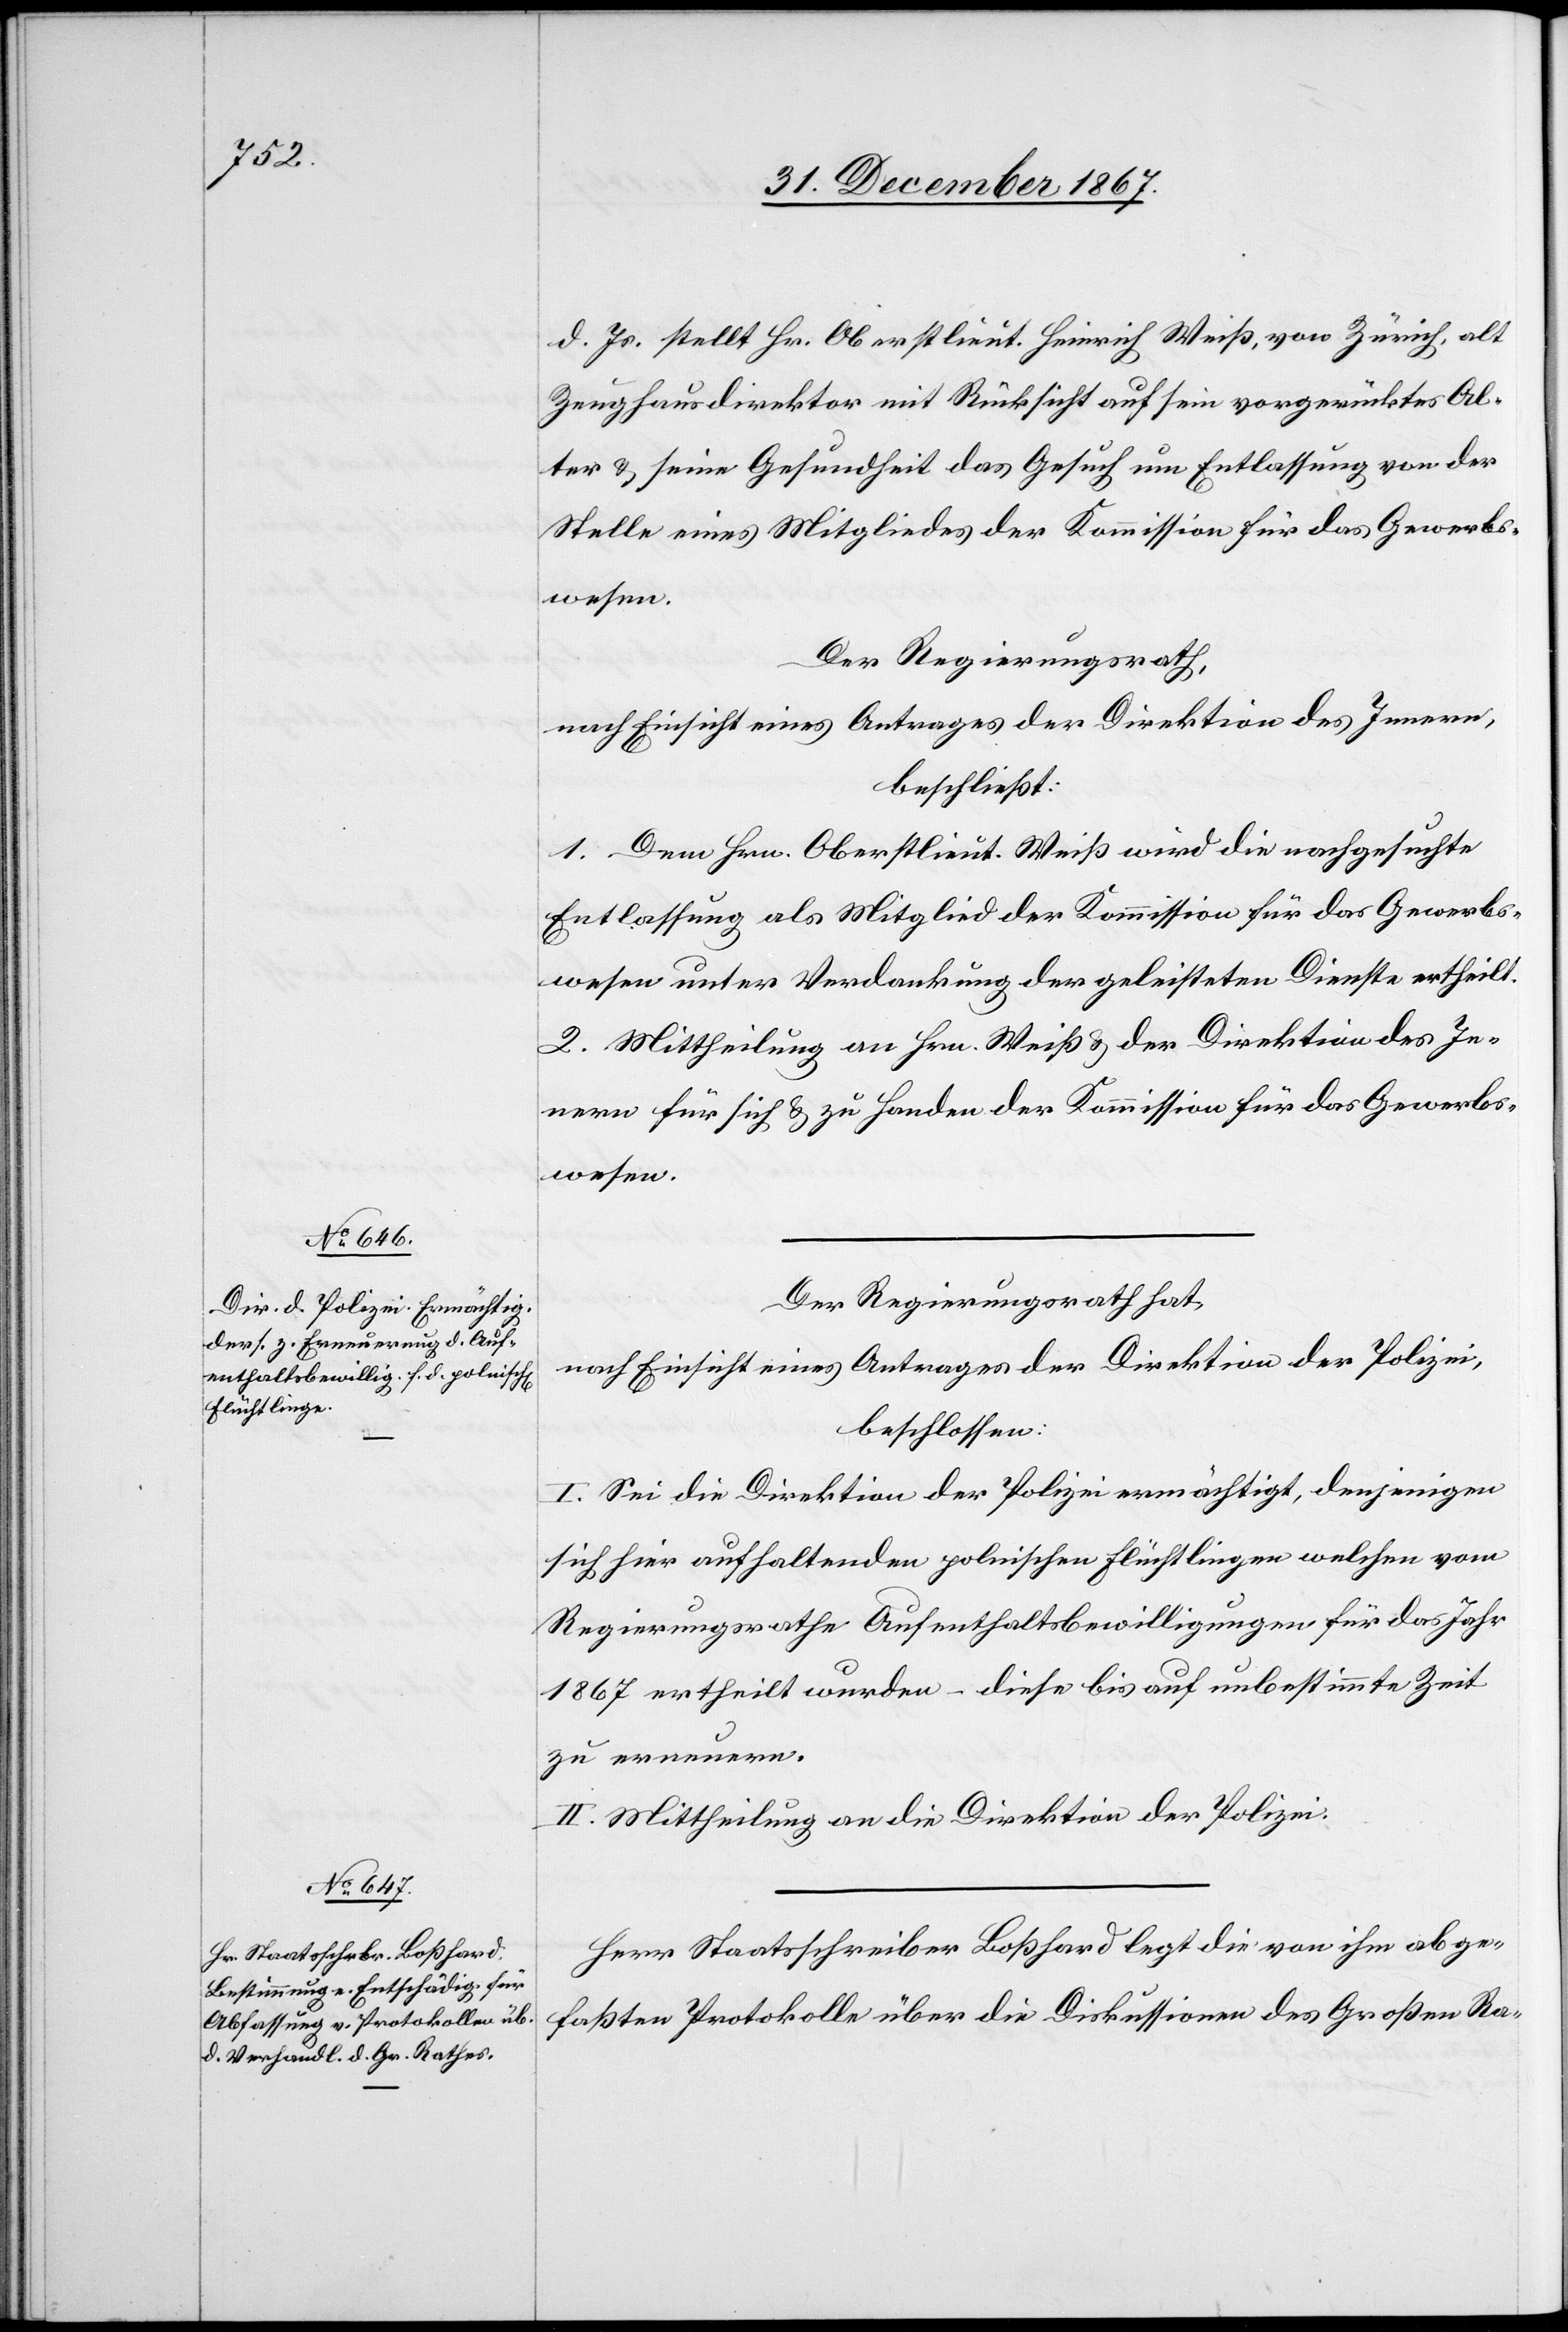
d. Js. stellt Hr, Oberstlieut. Heinrich Weiß, von Zürich, alt
Zeughausdirektor mit Rücksicht auf sein vorgerücktes Al¬
ter u. seine Gesundheit das Gesuch um Entlassung von der
Stelle eines Mitgliedes der Kommission für das Gewerbs¬
Der Regierungsrath,
nach Einsicht eines Antrages der Direktion des Innern,
beschließt:
1. Dem Hrn. Oberstlieut. Weiß wird die nachgesuchte
Entlassung als Mitglied der Kommission für das Gewerbs¬
wesen unter Verdankung der geleisteten Dienste ertheilt.
2. Mittheilung an Hrn. Weiß u. der Direktion des In¬
nern für sich u. zu Handen der Kommission für das Gewerbs¬
wesen.
Der Regierungsrath hat,
nach Einsicht eines Antrages der Direktion der Polizei,
beschlossen:
I. Sei die Direktion der Polizei ermächtigt, denjenigen
sich hier aufhaltenden polnischen Flüchtlingen welchen vom
Regierungsrathe Aufenthaltsbewilligungen für das Jahr
1867 ertheilt wurden – diese bis auf unbestimmte Zeit
zu erneuern.
II. Mittheilung an die Direktion der Polizei.
Herr Staatsschreiber Boßhard die von ihm abge¬
faßten Protokoll über die Diskussionen des Großen Ra-